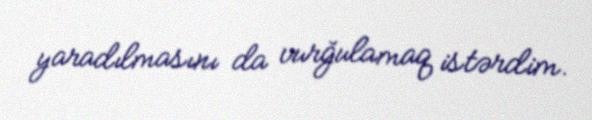
yaradılmasını da vurğulamaq istərdim.